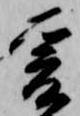
爰